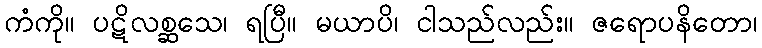
ကံကို။ ပဋိလစ္ဆသေ၊ ရပြီ။ မယာပိ၊ ငါသည်လည်း။ ဇရောပနိတော၊